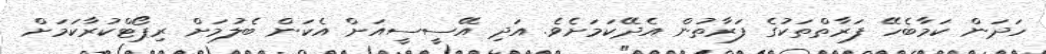
ހަދަން ކަމާބެހޭ ފަރާތްތަކުގެ ފަރާތުން އެދޭކަމަށެވެ. އަދި އޭސީސީއަށް އެކަން ބެލުމަށް ރިޕޯޓްކުރާކަމަށް